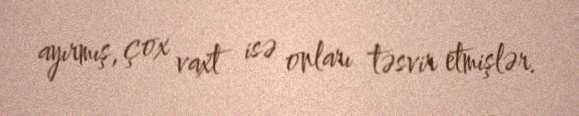
ayırmış, çox vaxt isə onları təsvir etmişlər.